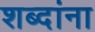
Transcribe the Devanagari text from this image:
शब्‍दांना